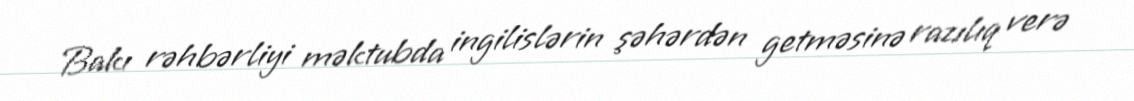
Bakı rəhbərliyi məktubda ingilislərin şəhərdən getməsinə razılıq verə